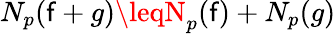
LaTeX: N_{p}(\mathsf{f}+g)\leqN_{p}(\mathsf{f})+N_{p}(g)